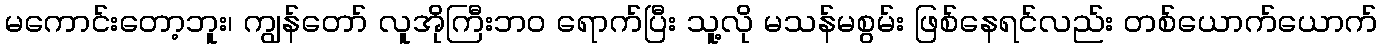
မကောင်းတော့ဘူး၊ ကျွန်တော် လူအိုကြီးဘဝ ရောက်ပြီး သူ့လို မသန်မစွမ်း ဖြစ်နေရင်လည်း တစ်ယောက်ယောက်